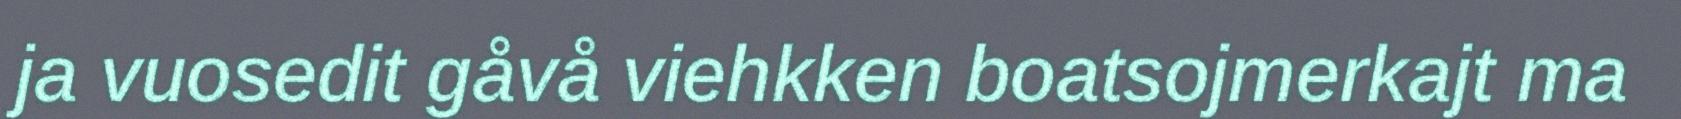
ja vuosedit gåvå viehkken boatsojmerkajt ma